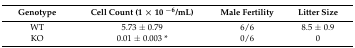
| Genotype | Cell Count (1 × 10 −6/mL) | Male Fertility | Litter Size |
 | --- | --- | --- | --- |
 | WT | 5.73 ± 0.79 | 6/6 | 8.5 ± 0.9 |
 | KO | 0.01 ± 0.003 * | 0/6 | 0 |